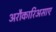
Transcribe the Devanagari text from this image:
अरौकारिअसाए